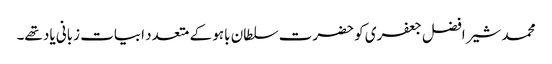
محمد شیر افضل جعفری کو حضرت سلطان باہو کے متعدد ابیات زبانی یاد تھے۔